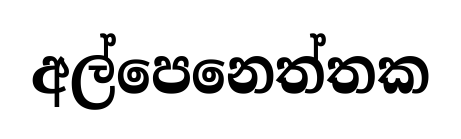
අල්පෙනෙත්තක